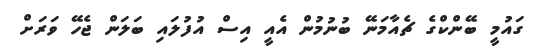
ގައުމީ ބޭންކްގެ ޗެއާމަނޭ ބުނުމުން އެއީ އިސް އުފުލައި ބަލަން ޖެހޭ ވަރަށް